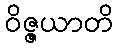
ဝိဇ္ဇယာတိ